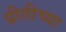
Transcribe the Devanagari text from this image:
प्रीतीच्या